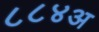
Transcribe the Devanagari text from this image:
८८४अ